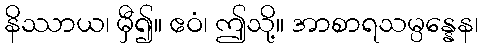
နိဿာယ၊ မှီ၍။ ဧဝံ၊ ဤသို့။ အာစာရသမ္ပန္နေန၊